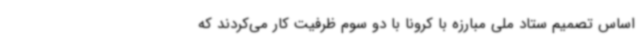
اساس تصمیم ستاد ملی مبارزه با کرونا با دو سوم ظرفیت کار می‌کردند که